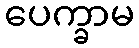
ပေက္ခာမ